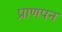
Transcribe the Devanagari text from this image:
प्राणपन